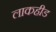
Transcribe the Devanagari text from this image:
लाकहीड